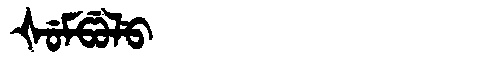
Manchu: ᡧᡠᠮᡦᡠᠯᡠ
Romanization: ŠUMPULU